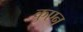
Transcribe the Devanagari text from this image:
कुएन